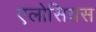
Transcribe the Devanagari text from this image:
एलोसियस